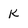
Character: k